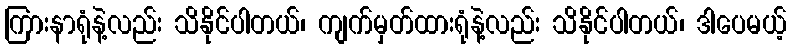
ကြားနာရုံနဲ့လည်း သိနိုင်ပါတယ်၊ ကျက်မှတ်ထားရုံနဲ့လည်း သိနိုင်ပါတယ်၊ ဒါပေမယ့်